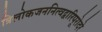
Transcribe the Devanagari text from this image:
त्रिलोकजननित्वद्वारिपूरोदरे